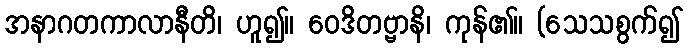
အနာဂတကာလာနီတိ၊ ဟူ၍။ ဝေဒိတဗ္ဗာနိ၊ ကုန်၏။ (သေသစွက်၍